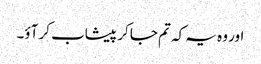
اور وہ یہ کہ تم جا کر پیشاب کر آؤ۔